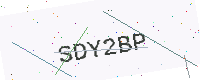
Text: SDY2BP